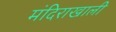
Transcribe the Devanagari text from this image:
मंदिराखाली